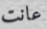
عانت